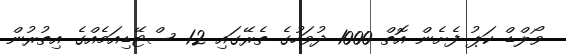
ވޯލްޑް ކަޕު ފެށެން އޮތް 1000 ދުވަހުގެ ތެރޭގައި 12 ސްޓޭޑިއަމެއްގެ އިތުރުން